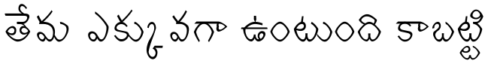
తేమ ఎక్కువగా ఉంటుంది కాబట్టి